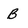
Character: B